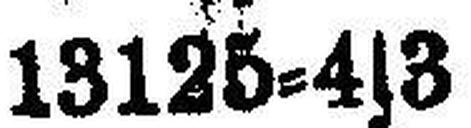
13125=4|3